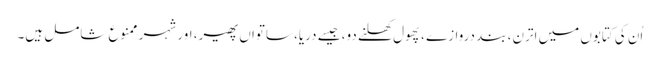
اُن کی کتابوں میں اترن، بند دروازے ، پھول کھلنے دو، جیسے دریا، ساتواں پھیر، اور شہر ممنوع شامل ہیں۔